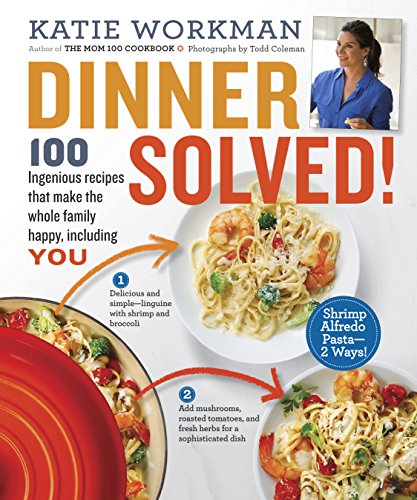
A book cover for Dinner Solved!: 100 Ingenious Recipes That Make the Whole Family Happy, Including You!; Katie Workman; Cookbooks, Food & Wine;